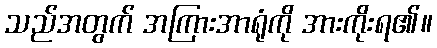
သည်အတွက် အကြားအာရုံကို အားကိုးရ၏။